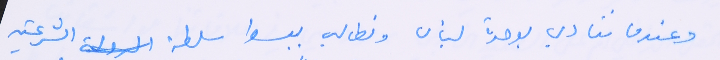
وعندما ننادي بوحدة لبنان ونطالب ببسط سلطة الشرعية